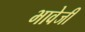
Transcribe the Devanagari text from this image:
भावेजी